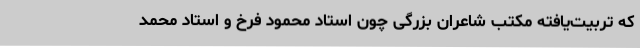
که تربیت‌یافته مکتب شاعران بزرگی چون استاد محمود فرخ و استاد محمد